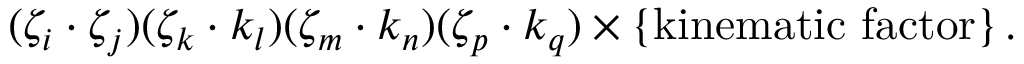
( \zeta _ { i } \cdot \zeta _ { j } ) ( \zeta _ { k } \cdot k _ { l } ) ( \zeta _ { m } \cdot k _ { n } ) ( \zeta _ { p } \cdot k _ { q } ) \times \{ \mathrm { k i n e m a t i c ~ f a c t o r } \} \, .